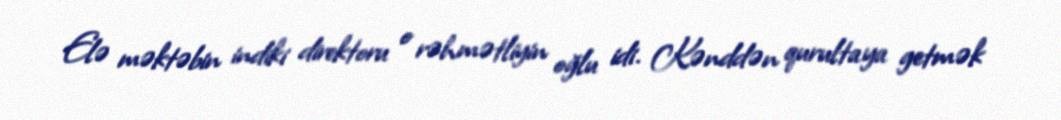
Elə məktəbin indiki direktoru o rəhmətliyin oğlu idi. Kənddən qurultaya getmək